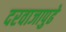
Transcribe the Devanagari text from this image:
दरवाजापुढे